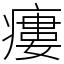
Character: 瘻